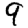
Digit: 9